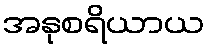
အနုစရိယာယ